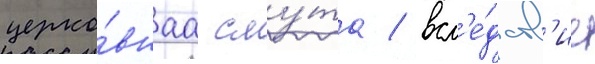
церко́внаа сму́та / всл'е́дств'ие